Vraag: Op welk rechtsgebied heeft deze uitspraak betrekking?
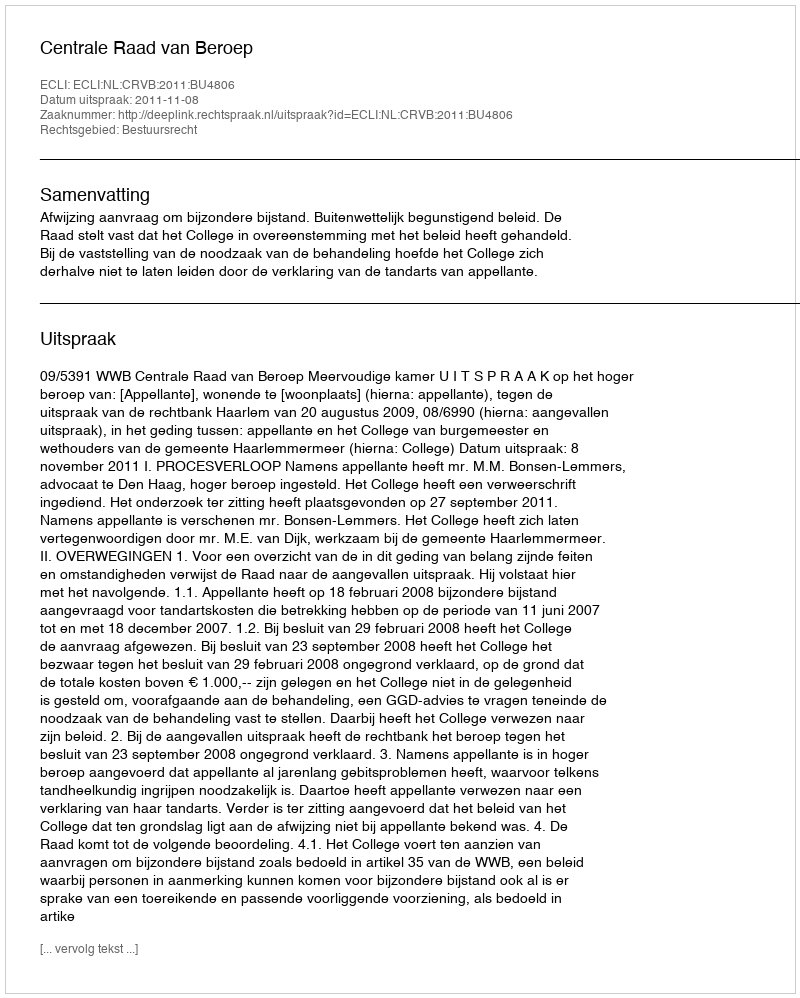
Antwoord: Bestuursrecht